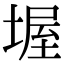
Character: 𡎔